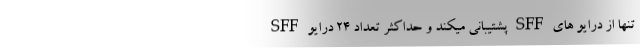
تنها از درایو های SFF پشتیبانی میکند و حداکثر تعداد ۲۴ درایو SFF